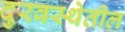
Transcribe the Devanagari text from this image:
दुरवस्थेतील